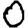
Digit: 0